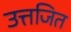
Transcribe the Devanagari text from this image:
उत्तजित